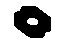
.